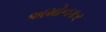
અમોનકર